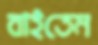
বাইতেম